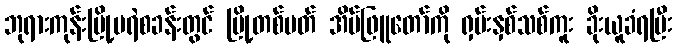
ဘုရားကုန်းမြို့မရဲစခန်းတွင် မြို့တစ်ပတ် အိမ်ဖြူတော်ကို ရှမ်းနှစ်သစ်ကူး ခိုးယူခံရပြီး